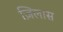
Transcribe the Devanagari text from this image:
ज़िलास